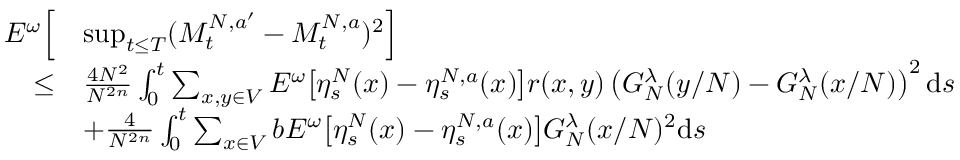
\begin{array} { r l } { E ^ { \omega } \Big [ } & { \operatorname* { s u p } _ { t \leq T } ( M _ { t } ^ { N , a ^ { \prime } } - M _ { t } ^ { N , a } ) ^ { 2 } \Big ] } \\ { \leq } & { \frac { 4 N ^ { 2 } } { N ^ { 2 n } } \int _ { 0 } ^ { t } \sum _ { x , y \in V } E ^ { \omega } \big [ \eta _ { s } ^ { N } ( x ) - \eta _ { s } ^ { N , a } ( x ) \big ] r ( x , y ) \left( G _ { N } ^ { \lambda } ( y / N ) - G _ { N } ^ { \lambda } ( x / N ) \right) ^ { 2 } \mathrm { d } s } \\ & { + \frac { 4 } { N ^ { 2 n } } \int _ { 0 } ^ { t } \sum _ { x \in V } b E ^ { \omega } \big [ \eta _ { s } ^ { N } ( x ) - \eta _ { s } ^ { N , a } ( x ) \big ] G _ { N } ^ { \lambda } ( x / N ) ^ { 2 } \mathrm { d } s } \end{array}